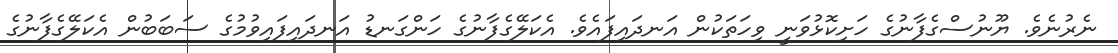
ނެރުނެވެ. ޔޫނުސްގެފާނުގެ ހަށިކޮޅުވަނީ ވިހަތަކުން އަނދައިފައެވެ. އެކަލޭގެފާނުގެ ހަންގަނޑު އަނދައިފައިވުމުގެ ސަބަބުން އެކަލޭގެފާނުގެ